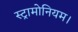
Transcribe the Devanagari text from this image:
स्ट्रामोनियम।